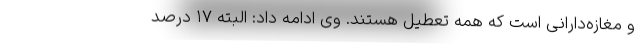
و مغازه‌دارانی است که همه تعطیل هستند. وی ادامه داد: البته ۱۷ درصد